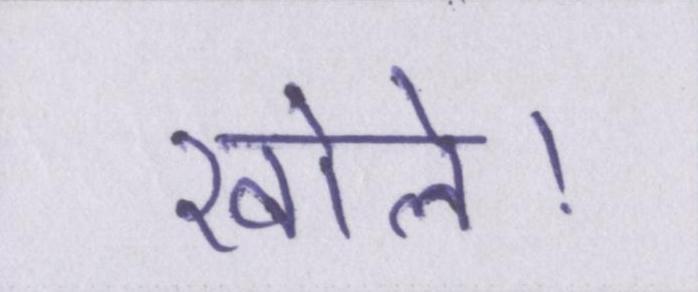
खोले।